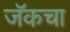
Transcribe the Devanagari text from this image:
जॅकचा